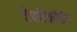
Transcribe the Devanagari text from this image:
टेपरेकॉर्डर